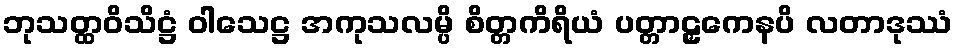
ဘုသတ္ထဝိသိဋ္ဌံ ဝါသေဋ္ဌ အကုသလမ္ပိ စိတ္တကိရိယံ ပတ္တာဠှကေနပိ လတာဒုဿံ